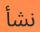
نشأ